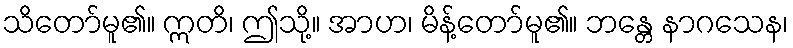
သိတော်မူ၏။ ဣတိ၊ ဤသို့။ အာဟ၊ မိန့်တော်မူ၏။ ဘန္တေ နာဂသေန၊